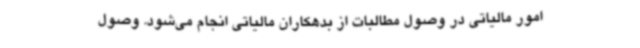
امور مالیاتی در وصول مطالبات از بدهکاران مالیاتی انجام می‌شود. وصول